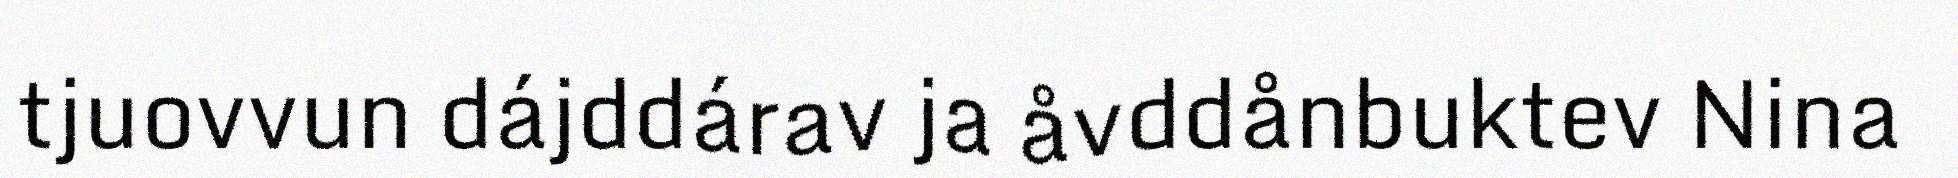
tjuovvun dájddárav ja åvddånbuktev Nina